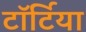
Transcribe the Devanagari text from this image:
टॉर्टिया